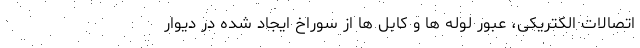
اتصالات الکتریکی، عبور لوله ها و کابل ها از سوراخ ایجاد شده در دیوار